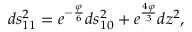
d s _ { 1 1 } ^ { 2 } = e ^ { - \frac { \varphi } { 6 } } d s _ { 1 0 } ^ { 2 } + e ^ { \frac { 4 \varphi } { 3 } } d z ^ { 2 } ,